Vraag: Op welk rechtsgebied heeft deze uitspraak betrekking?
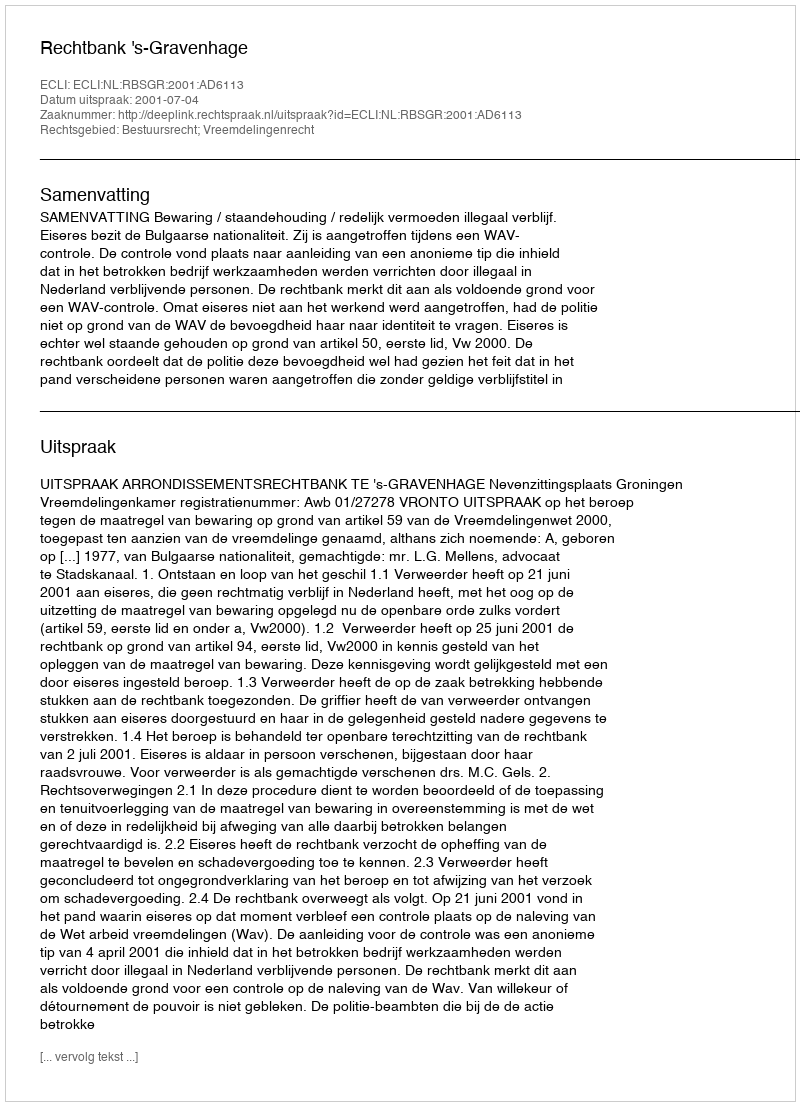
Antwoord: Bestuursrecht; Vreemdelingenrecht